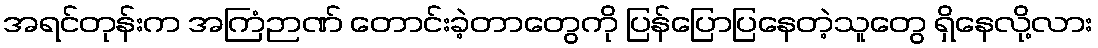
အရင်တုန်းက အကြံဉာဏ် တောင်းခဲ့တာတွေကို ပြန်ပြောပြနေတဲ့သူတွေ ရှိနေလို့လား